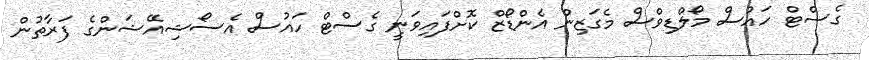
ގެސްޓް ހައުސް މޯލްޑިވްސް މެގަޒިން އެންޑޯޒް ކޮށްފައިވަނީ ގެސްޓް ހައުސް އެސޯޝިއޭޝަންގެ ފަރާތުން